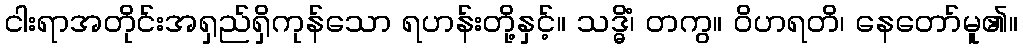
ငါးရာအတိုင်းအရှည်ရှိကုန်သော ရဟန်းတို့နှင့်။ သဒ္ဓိံ၊ တကွ။ ဝိဟရတိ၊ နေတော်မူ၏။